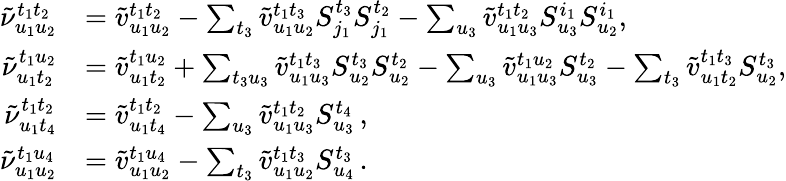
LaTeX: \begin{array}{rl}{\tilde{\nu}_{u_{1}u_{2}}^{t_{1}t_{2}}}&{=\tilde{v}_{u_{1}u_{2}}^{t_{1}t_{2}}-\sum_{t_{3}}\tilde{v}_{u_{1}u_{2}}^{t_{1}t_{3}}S_{j_{1}}^{t_{3}}S_{j_{1}}^{t_{2}}-\sum_{u_{3}}\tilde{v}_{u_{1}u_{3}}^{t_{1}t_{2}}S_{u_{3}}^{i_{1}}S_{u_{2}}^{i_{1}},}\\ {\tilde{\nu}_{u_{1}t_{2}}^{t_{1}u_{2}}}&{=\tilde{v}_{u_{1}t_{2}}^{t_{1}u_{2}}+\sum_{t_{3}u_{3}}\tilde{v}_{u_{1}u_{3}}^{t_{1}t_{3}}S_{u_{2}}^{t_{3}}S_{u_{2}}^{t_{2}}-\sum_{u_{3}}\tilde{v}_{u_{1}u_{3}}^{t_{1}u_{2}}S_{u_{3}}^{t_{2}}-\sum_{t_{3}}\tilde{v}_{u_{1}t_{2}}^{t_{1}t_{3}}S_{u_{2}}^{t_{3}},}\\ {\tilde{\nu}_{u_{1}t_{4}}^{t_{1}t_{2}}}&{=\tilde{v}_{u_{1}t_{4}}^{t_{1}t_{2}}-\sum_{u_{3}}\tilde{v}_{u_{1}u_{3}}^{t_{1}t_{2}}S_{u_{3}}^{t_{4}}\, ,}\\ {\tilde{\nu}_{u_{1}u_{2}}^{t_{1}u_{4}}}&{=\tilde{v}_{u_{1}u_{2}}^{t_{1}u_{4}}-\sum_{t_{3}}\tilde{v}_{u_{1}u_{2}}^{t_{1}t_{3}}S_{u_{4}}^{t_{3}}\, .}\end{array}